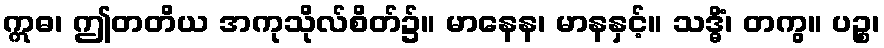
ဣဓ၊ ဤတတိယ အကုသိုလ်စိတ်၌။ မာနေန၊ မာနနှင့်။ သဒ္ဓိံ၊ တကွ။ ပဉ္စ၊